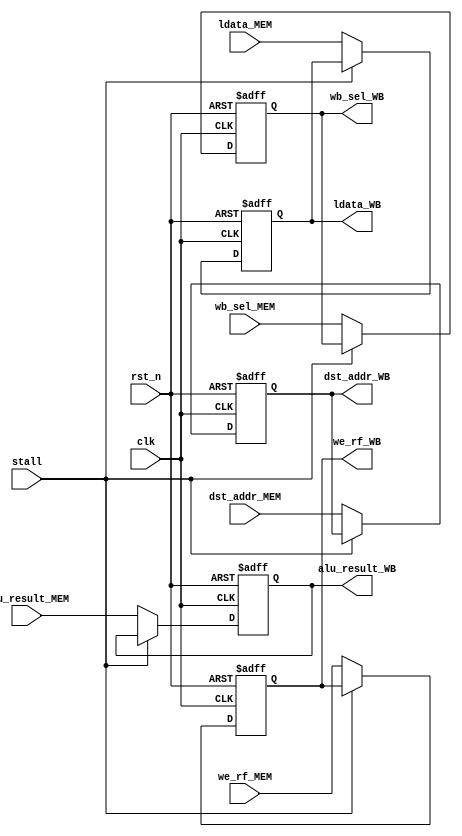
module MEM_WB_FF(
	ldata_WB, alu_result_WB, wb_sel_WB, we_rf_WB, dst_addr_WB,
	ldata_MEM, alu_result_MEM, wb_sel_MEM, we_rf_MEM, dst_addr_MEM,
	clk, rst_n, stall);
	
	// Inputs
	input wire [15:0] ldata_MEM, alu_result_MEM;
	input wire [3:0] dst_addr_MEM;
	input wire wb_sel_MEM, we_rf_MEM, clk, rst_n, stall;
	
	// Outputs
	output reg [15:0] ldata_WB, alu_result_WB;
	output reg [3:0] dst_addr_WB;
	output reg wb_sel_WB, we_rf_WB;
	
	// Local wires
	wire [15:0] next_ldata, next_alu_result;
	wire [3:0] next_dst_addr;
	wire next_wb_sel, next_we_rf;
	
	
	always@(posedge clk, negedge rst_n)begin
		if(~rst_n)begin
			ldata_WB <= 16'h0000;
			alu_result_WB <= 16'h0000;
			we_rf_WB <= 1'b0;
			wb_sel_WB <= 1'b0;
			dst_addr_WB <= 4'b0000;
		end
		else begin
			ldata_WB <= next_ldata;
			alu_result_WB <= next_alu_result;
			we_rf_WB <= next_we_rf;
			wb_sel_WB <= next_wb_sel;
			dst_addr_WB <= next_dst_addr;
		end
	end 
	
	assign next_ldata = (stall) ? ldata_WB : ldata_MEM;
	assign next_alu_result = (stall) ? alu_result_WB : alu_result_MEM;
	assign next_we_rf = (stall) ? we_rf_WB : we_rf_MEM;
	assign next_wb_sel = (stall) ? wb_sel_WB : wb_sel_MEM;
	assign next_dst_addr = (stall) ? dst_addr_WB : dst_addr_MEM;
	
endmodule